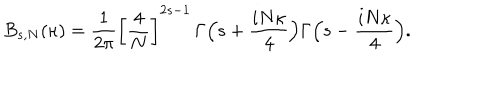
B _ { s , N } ( \kappa ) = \frac { 1 } { 2 \pi } \left[ \frac { 4 } { N } \right] ^ { 2 s - 1 } \, \Gamma \Bigl ( s + \frac { i N \kappa } { 4 } \Bigr ) \Gamma \Bigl ( s - \frac { i N \kappa } { 4 } \Bigr ) .